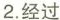
2.经过